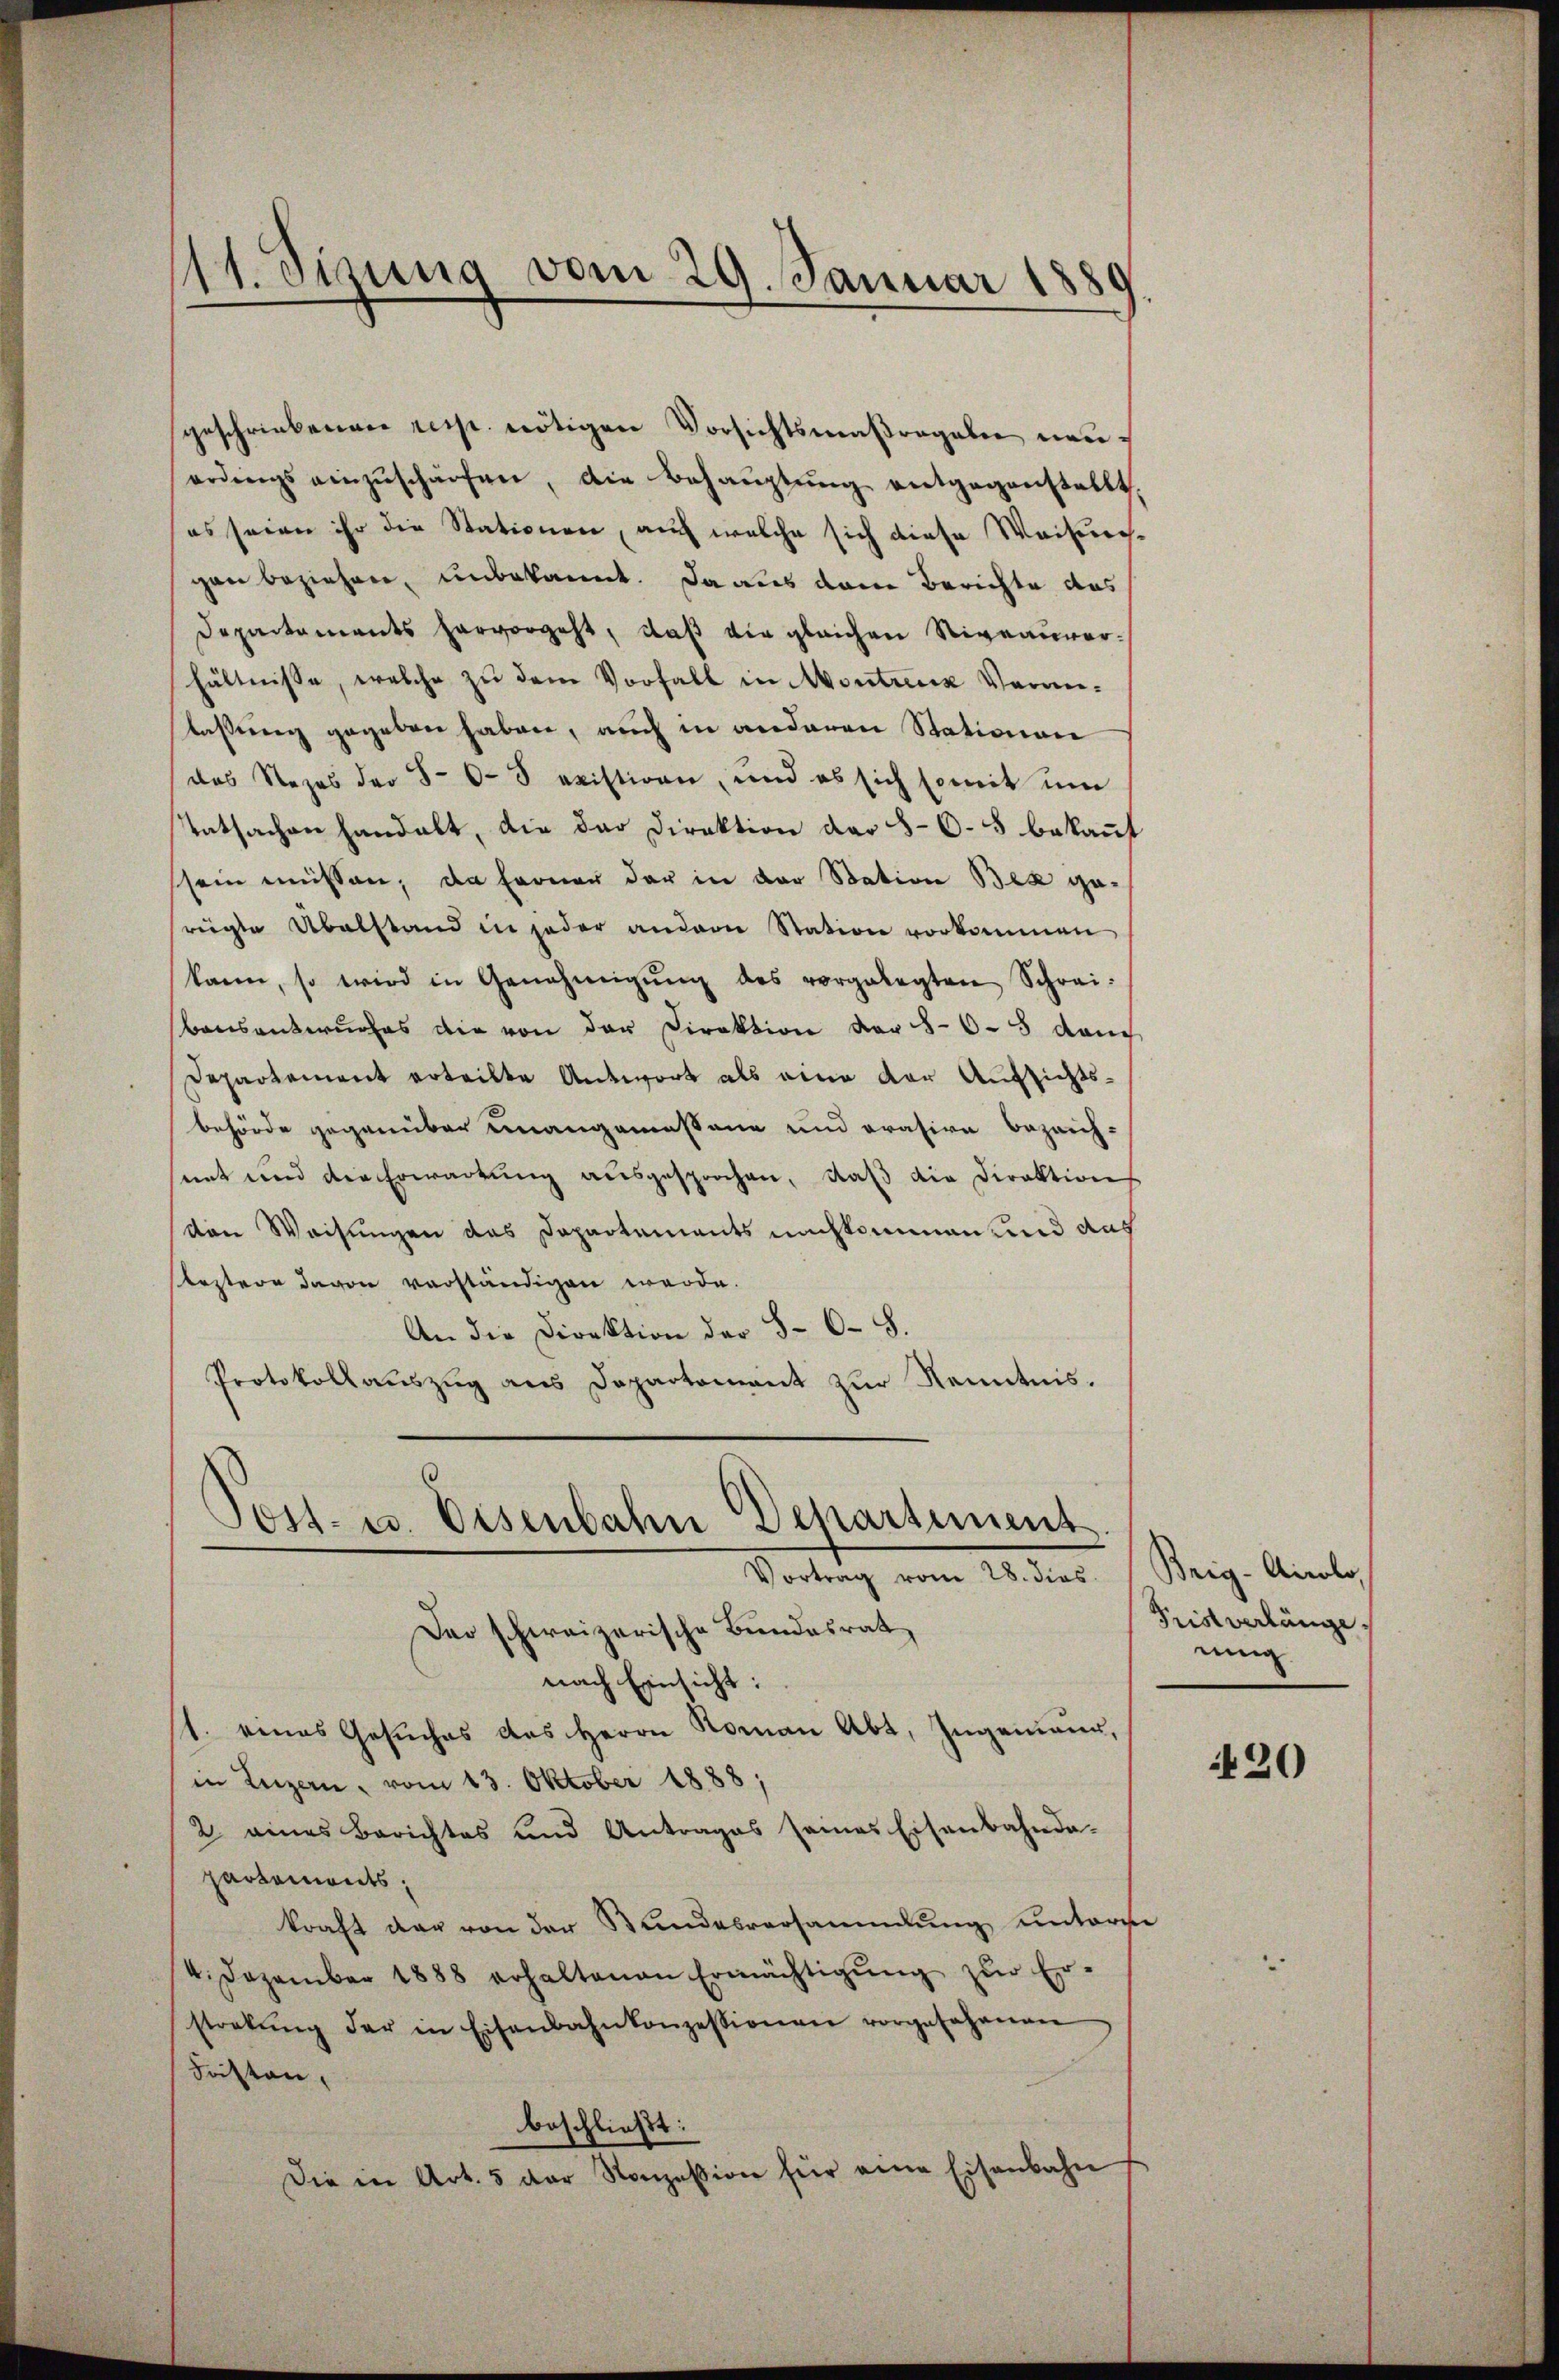
111. Sizung vom 29. Januar 1889

(
Post- u. Eisenbahn Departiment
Vortrag vom 28. dies
Der schweizerische Bundesrat

geschriebenen resp. nötigen Vorsichtsmaßregalen neuerdings einzŭschärfen, die Behaŭptŭng entgegenstellt
es seien ihr die Stationen, auch welche sich diese Weisung
gen beziehen, unbekannt. Da aus dem Berichte das
Departements hervorgeht, daß die gleichen Niveauverhältnisse, welche zu dem Vorfall in Montreux Veranlaßung gegeben haben, auch in anderen Stationen
das Rezes der 80-3 existiren, und es sich somit um
tatsachen handelt, die der Direktion der 5-6 5 bekannt
sein müssen, da ferner der in der Station Bex gerügte Übelstand in jeder andern Station vorkommen
kann, so wird in Genehmigŭng des vorgelegten Schrei-
Bansentwurfes die von der Direktion der 865 dauch
Departement erteilte Antwort als eine der Aufsichtsbehörde gegenüber unangemessene und erasire bezeich-
net und die Erwartung aŭsgesprochen, daβ die Direktion
von Weisungen das Dapartements nachkommen und das
bestere davon verständigen werde.
An die Direktion der §. 6. S.
Protokollauszug aus Departement zur Kenntnis.

nach Einsicht:
/. eines Gesuches des Herrn Roman Abt. Ingenieur,
in Luzern, vom 13. Oktober 1888;
2 eines Berichtes und Antrages seines Eisenbahnde-
partements,
kraft der von der Stundesversammlung unterm
4. Dezember 1888 erhaltenen Ermächtigŭng zŭr Er-
steckŭng der in Eisenbahnkonzessionen vorgesehenen
Fasten,
beschließt:
Die in Art. 5 der Konzession für eine Eisenbahn

Brig-Airolo,
Pristverlänge
ning

420